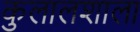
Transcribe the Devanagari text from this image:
कुलालशाला